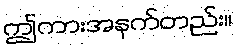
ဤကားအနက်တည်း။